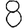
Digit: 8